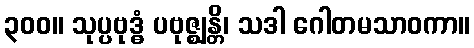
၃၀၀။ သုပ္ပဗုဒ္ဓံ ပဗုဇ္ဈန္တိ၊ သဒါ ဂေါတမသာဝကာ။